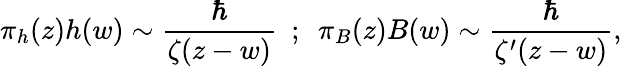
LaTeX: \pi_{h}(z)h(w)\sim{\frac{\hbar}{\zeta(z-w)}}\, \, \, ;\, \, \, \pi_{B}(z)B(w)\sim{\frac{\hbar}{\zeta^{\prime}(z-w)}},